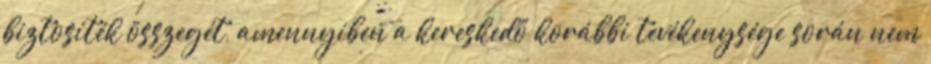
biztosíték összegét, amennyiben a kereskedő korábbi tevékenysége során nem